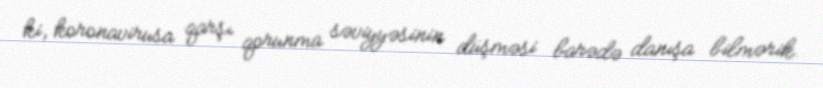
ki, koronavirusa qarşı qorunma səviyyəsinin düşməsi barədə danışa bilmərik.